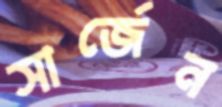
সার্জেন